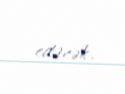
edəcək.